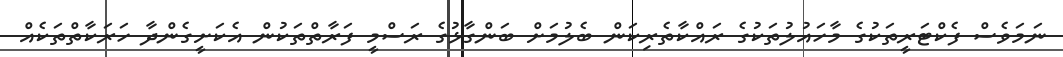
ނަމަވެސް ފެކްޓަރީތަކުގެ މާހައުލުތަކުގެ ރައްކާތެރިކަން ބެލުމަށް ބަންގާޅުގެ ރަސްމީ ފަރާތްތަކުން އެކަށީގެންދާ ހަރަކާތްތަކެއް